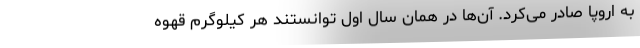
به اروپا صادر می‌کرد. آن‌ها در همان سال اول توانستند هر کیلوگرم قهوه